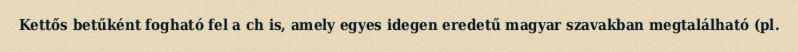
Kettős betűként fogható fel a ch is, amely egyes idegen eredetű magyar szavakban megtalálható (pl.